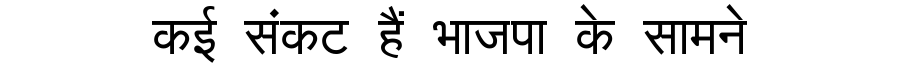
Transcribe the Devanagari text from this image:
कई संकट हैं भाजपा के सामने